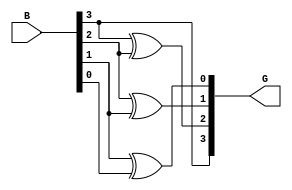
module gray_code_encoder #(parameter n = 4) (
    input  [n-1:0] B,  // n-bit binary input
    output [n-1:0] G   // n-bit Gray code output
);

    // Assign the MSB of Gray code to the MSB of binary input
    assign G[n-1] = B[n-1];

    // Generate the remaining bits of Gray code using XOR operations
    genvar i;
    generate
        for (i = n-2; i >= 0; i = i - 1) begin : gray_logic
            assign G[i] = B[i+1] ^ B[i];
        end
    endgenerate

endmodule